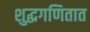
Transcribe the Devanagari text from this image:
शुद्धगणितात